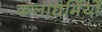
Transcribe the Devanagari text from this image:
कलाधर्मियों